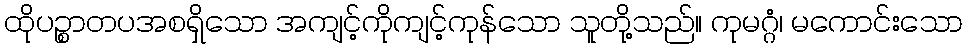
ထိုပဉ္စာတပအစရှိသော အကျင့်ကိုကျင့်ကုန်သော သူတို့သည်။ ကုမဂ္ဂံ၊ မကောင်းသော